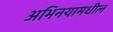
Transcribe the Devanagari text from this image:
अभिनयामधील